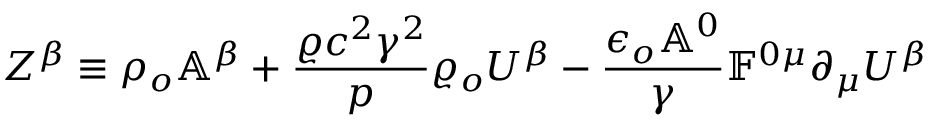
Z ^ { \beta } \equiv \rho _ { o } \mathbb { A } ^ { \beta } + \frac { \varrho c ^ { 2 } \gamma ^ { 2 } } { p } \varrho _ { o } U ^ { \beta } - \frac { \epsilon _ { o } \mathbb { A } ^ { 0 } } { \gamma } \mathbb { F } ^ { 0 \mu } \partial _ { \mu } U ^ { \beta }